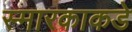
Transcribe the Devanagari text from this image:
स्मारकाकडे